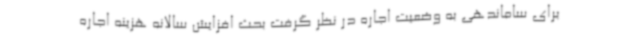
برای ساماندهی به وضعیت اجاره در نظر گرفت بحث افزایش سالانه هزینه اجاره